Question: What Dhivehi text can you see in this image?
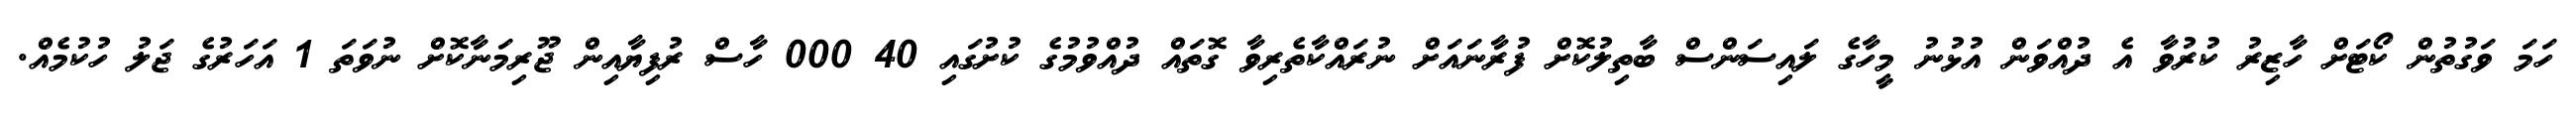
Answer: ހަމަ ވަގުތުން ކޯޓަށް ހާޒިރު ކުރުވާ އެ ދުއްވަން އުޅުނު މީހާގެ ލައިސަންސް ބާތިލުކޮށް ފުރާނައަށް ނުރައްކާތެރިވާ ގޮތައް ދުއްވުމުގެ ކުށުގައި 40 000 ހާސް ރުފިޔާއިން ޖޫރިމަނާކޮށް ނުވަތަ 1 އަހަރުގެ ޖަލު ހުކުމެއް.